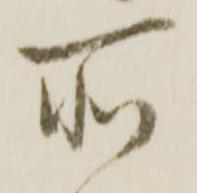
所